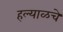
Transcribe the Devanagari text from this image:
हल्याळचे